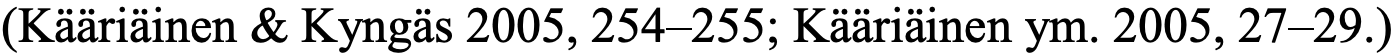
(Kääriäinen & Kyngäs 2005, 254–255; Kääriäinen ym. 2005, 27–29.)